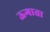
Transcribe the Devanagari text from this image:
ऊगाता